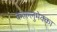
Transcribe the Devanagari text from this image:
कल्ल्लुमेक्का